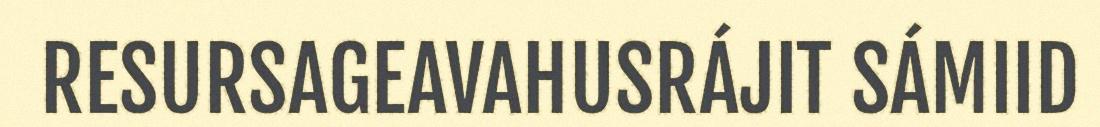
RESURSAGEAVAHUSRÁJIT SÁMIID